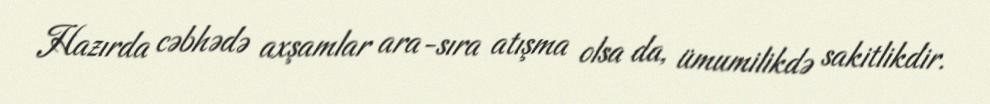
Hazırda cəbhədə axşamlar ara-sıra atışma olsa da, ümumilikdə sakitlikdir.